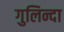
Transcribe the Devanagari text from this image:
गुलिन्दा